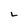
Character: L